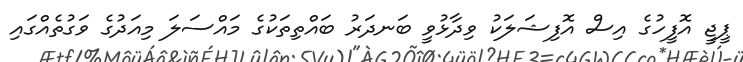
ޕީޖީ އޮފީހުގެ އިސް އޮފިޝަލަކު ވިދާޅުވީ ބަނދަރު ބައްތިތަކުގެ މައްސަލަ މިއަދުގެ ވަގުތެއްގައި